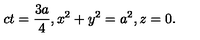
c t = \frac { 3 a } { 4 } , x ^ { 2 } + y ^ { 2 } = a ^ { 2 } , z = 0 .